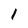
Character: 1